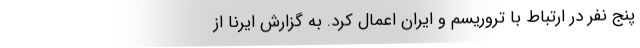
پنج نفر در ارتباط با تروریسم و ایران اعمال کرد. به گزارش ایرنا از